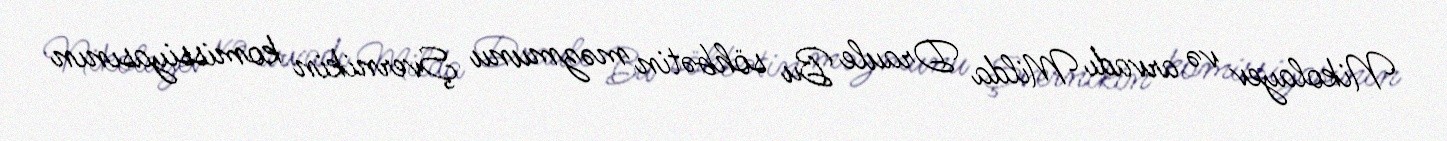
Nikolayev və arvadı Milda Draule Bu söhbətin məzmunu Şvernikin komissiyasının